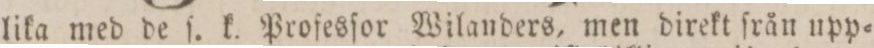
lika med de ſ. k. Profesſor Wilanders, men direkt från upp=